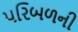
પરિબળની